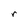
Character: r